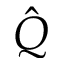
\hat { Q }